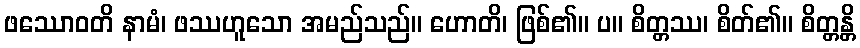
ဖဿောဝတိ နာမံ၊ ဖဿဟူသော အမည်သည်။ ဟောတိ၊ ဖြစ်၏။ ပ။ စိတ္တဿ၊ စိတ်၏။ စိတ္တန္တိ